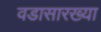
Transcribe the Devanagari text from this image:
वडासारख्या